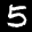
Label: 5